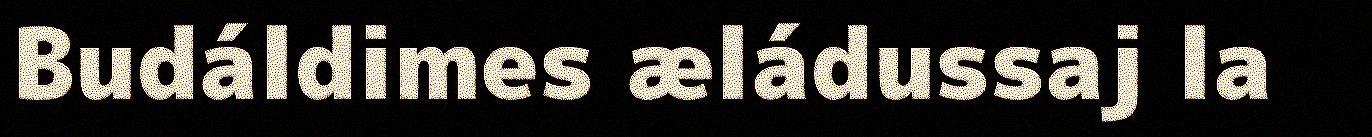
Budáldimes æládussaj la